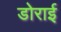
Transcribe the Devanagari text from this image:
डोराई